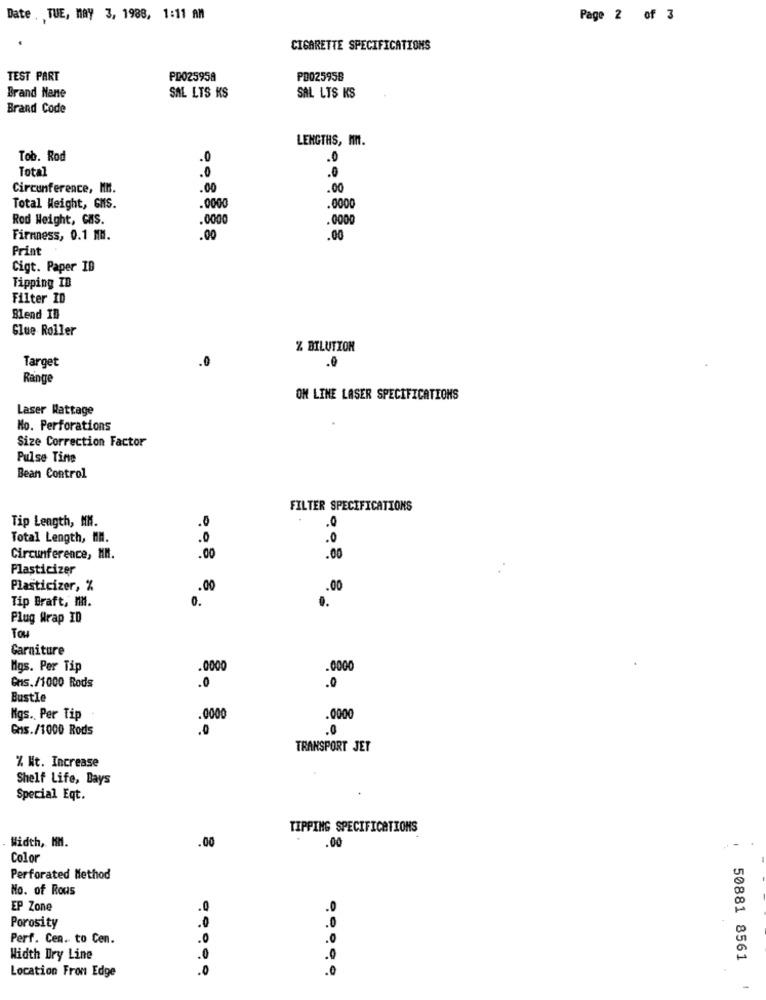
Date , TUE, may 3, 1988, 1:11 AM
Page 2 of 3
CIGARETTE SPECIFICATIONS
TEST PART
PD025958
PD025958
Brand Nane
SAL LTS KS
SAL LIS KS
Brand Code
LENGTHS, MM.
Tob. Rod
.0
.0
Total
.0
.0
Circumference, MM.
.00
.00
Total Weight, GMS.
.0000
.0000
Rod Weight, CAS.
.0000
.0000
Firmness, 0.1 MM.
.00
.00
Print
Cigt. Paper IB
Tipping IB
Filter ID
Blend IB
Glue Roller
Z BILUTION
Target
.0
.0
Range
OM LINE LASER SPECIFICATIONS
Laser Wattage
No. Perforations
Size Correction Factor
Pulse Tine
Bean Control
FILTER SPECIFICATIONS
Tip Length, MM.
.0
.0
Total Length, MN.
.0
.0
Circumference, MI.
.00
.00
Plasticizer
Plasticizer, %
.00
.00
Tip Braft, MM.
0.
..
Plug Wrap ID
Tou
Garniture
Mgs. Per Tip
.0000
.0000
Gns./1000 Rods
.0
Bustle
Ngs. Per Tip
000
.0000
Gas./1000 Rods
.0
.0
TRANSPORT JET
% Nt. Increase
Shelf Life, Bays
Special Eqt.
TIPPING SPECIFICATIONS
Width, KM.
.00
.00
Color
Perforated Method
No. of Rows
EP Zone
.0
Porosity
.0
.0
Perf. Cen. to Cen.
.0
Width Dry Line
.0
.0
50881 8561
.0
.0
Location From Edge